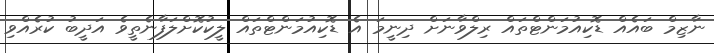
ނާޒިމް ބައެއް ޑޮކިއުމަންޓްތައް ރިލްވާނަށް ދިނީމަ އެ ޑޮކިއުމަންޓްތައް ލީކުކޮށްލަފާނެތީވެ އަދީބު ކުރެއްވި